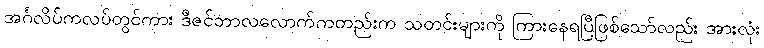
အင်္ဂလိပ်ကလပ်တွင်ကား ဒီဇင်ဘာလလောက်ကတည်းက သတင်းများကို ကြားနေရပြီဖြစ်သော်လည်း အားလုံး